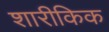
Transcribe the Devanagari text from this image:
शारीकिक